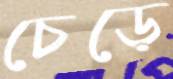
চেড়ে